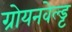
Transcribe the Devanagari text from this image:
ग्रोयनवेल्ड्ट